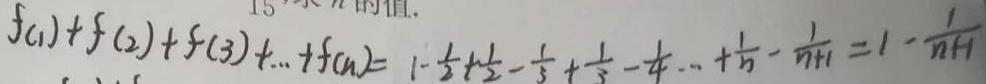
f ( 1 ) + f ( 2 ) + f ( 3 ) + \cdots + f ( n ) = 1 - \frac { 1 } { 2 } + \frac { 1 } { 2 } - \frac { 1 } { 3 } + \frac { 1 } { 3 } - \frac { 1 } { 4 } \cdots + \frac { 1 } { n } - \frac { 1 } { n + 1 } = 1 - \frac { 1 } { n + 1 }